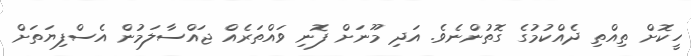
ހީކޮށް ތިއްތި ދެއްކުމުގެ ގޮތުންނެވެ. އަދި މޫނަށް ފޮނި ވައްތަރެއް ޖައްސާލަމުން އެސްފިޔަތަށް